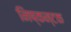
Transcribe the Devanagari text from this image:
निष्कन्टक